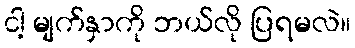
ငါ့ မျက်နှာကို ဘယ်လို ပြရမလဲ။